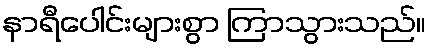
နာရီပေါင်းများစွာ ကြာသွားသည်။